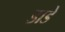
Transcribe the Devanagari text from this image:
डाडे